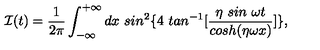
{ \cal I } ( t ) = \frac { 1 } { 2 \pi } \int _ { - \infty } ^ { + \infty } d x \ s i n ^ { 2 } \{ 4 \ t a n ^ { - 1 } [ \frac { \eta \ s i n \ \omega t } { c o s h ( \eta \omega x ) } ] \} ,